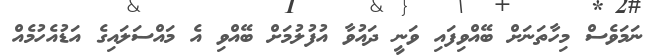
ނަމަވެސް މިހާތަނަށް ބޭއްވިފައި ވަނީ ދައުވާ އުފުލުމަށް ބޭއްވި އެ މައްސަލައިގެ އަޑުއެހުމެއް